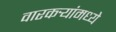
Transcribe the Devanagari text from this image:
वारकर्‍यांमध्ये